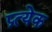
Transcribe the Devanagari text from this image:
प्र्त्येक